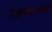
એફએલઆઇઆર